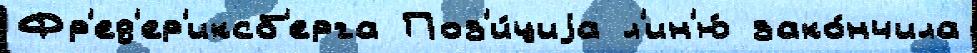
Фр'ед'ер'иксб'ерга Поз'и́циjа л'ин'ю́ зако́нчила